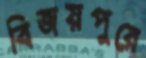
বিজয়পুরে